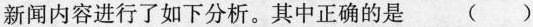
新闻内容进行了如下分析。其中正确的是 ()